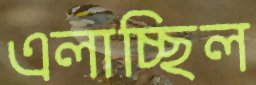
এলাচ্ছিল